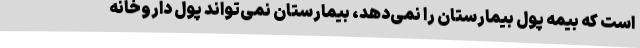
است که بیمه پول بیمارستان را نمی‌دهد، بیمارستان نمی‌تواند پول داروخانه